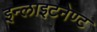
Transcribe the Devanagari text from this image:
इन्लाइटनेण्ट